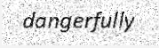
dangerfully